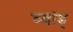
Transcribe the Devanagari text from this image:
च्वांड्